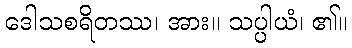
ဒေါသစရိတဿ၊ အား။ သပ္ပါယံ၊ ၏။